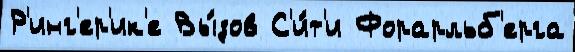
Р'инг'ер'ик'е Вы́зов С'и́т'и Форарльб'ерга